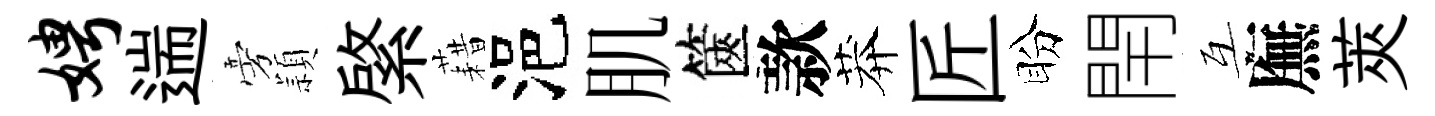
娉遄旁頴綮藉浥肌篋款莽匠盼閈互廡莢